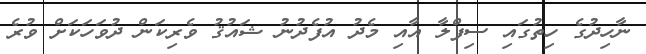
ނާހިދުގެ ހިތުގައި ސިފްލާ އާއި މެދު އުފެދުނު ޝައުޤު ވެރިކަން ދުވަހަކަށް ވުރެ